Indian journal of veterinary science and animal husbandry - Volumes 26-27, 1956-1957
Year: 1956
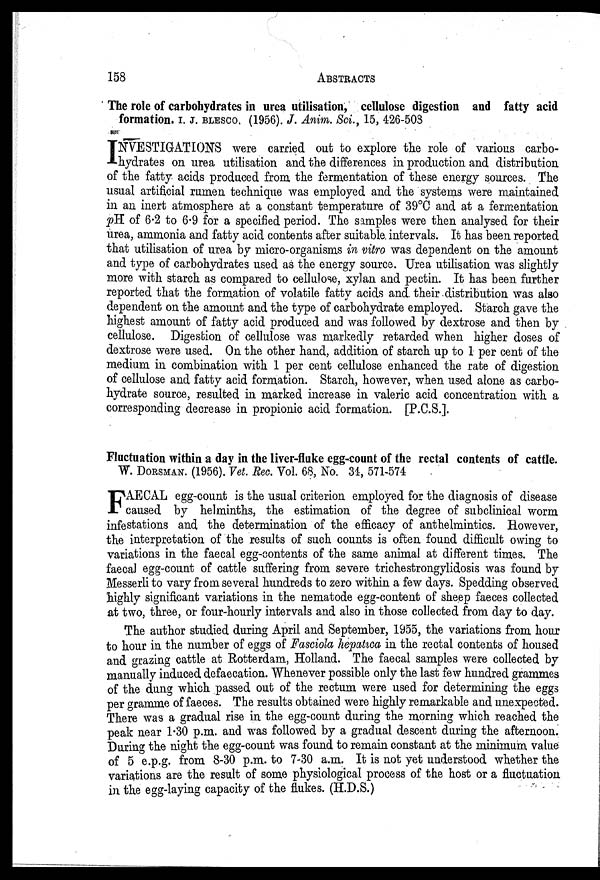
158
ABSTRACTS
The role of carbohydrates in urea utilisation, cellulose digestion and fatty acid
formation. I. J. BLESCO. (1956). J. Anim. Sci., 15, 426-508
I NVESTIGATIONS were carried out to explore the role of various carbo-
hydrates on urea utilisation and the differences in production and distribution
of the fatty acids produced from the fermentation of these energy sources. The
usual artificial rumen technique was employed and the systems were maintained
in an inert atmosphere at a constant temperature of 39°C and at a fermentation
pH of 6.2 to 6.9 for a specified period. The samples were then analysed for their
urea, ammonia and fatty acid contents after suitable intervals. It has been reported
that utilisation of urea by micro-organisms in vitro was dependent on the amount
and type of carbohydrates used as the energy source. Urea utilisation was slightly
more with starch as compared to cellulose, xylan and pectin. It has been further
reported that the formation of volatile fatty acids and. their distribution was also
dependent on the amount and the type of carbohydrate employed. Starch gave the
highest amount of fatty acid produced and was followed by dextrose and then by
cellulose. Digestion of cellulose was markedly retarded when higher doses of
dextrose were used. On the other hand, addition of starch up to 1 per cent of the
medium in combination with 1 per cent cellulose enhanced the rate of digestion
of cellulose and fatty acid formation. Starch, however, when used alone as carbo-
hydrate source, resulted in marked increase in valeric acid concentration with a
corresponding decrease in propionic acid formation. [P.C.S.].
Fluctuation within a day in the liver-fluke egg-count of the rectal contents of cattle.
W. DORSMAN. (1956). Vet. Rec. Vol. 68, No. 34, 571-574
F AECAL egg-count is the usual criterion employed for the diagnosis of disease
caused by helminths, the estimation of the degree of subclinical worm
infestations and the determination of the efficacy of anthelmintics. However,
the interpretation of the results of such counts is often found difficult owing to
variations in the faecal egg-contents of the same animal at different times. The
faecal egg-count of cattle suffering from severe trichestrongylidosis was found by
Messerli to vary from several hundreds to zero within a few days. Spedding observed
highly significant variations in the nematode egg-content of sheep faeces collected
at two, three, or four-hourly intervals and also in those collected from day to day.
The author studied during April and September, 1955, the variations from hour
to hour in the number of eggs of Fasciola hepatica in the rectal contents of housed
and grazing cattle at Rotterdam, Holland. The faecal samples were collected by
manually induced defaecation. Whenever possible only the last few hundred grammes
of the dung which passed out of the rectum were used for determining the eggs
per gramme of faeces. The results obtained were highly remarkable and unexpected.
There was a gradual rise in the egg-count during the morning which reached the
peak near 1.30 p.m. and was followed by a gradual descent during the afternoon.
During the night the egg-count was found to remain constant at the minimum value
of 5 e.p.g. from 8-30 p.m. to 7-30 a.m. It is not yet understood whether the
variations are the result of some physiological process of the host or a fluctuation
in the egg-laying capacity of the flukes. (H.D.S.)